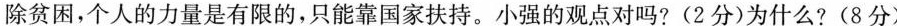
除贫困，个人的力量是有限的，只能靠国家扶持。小强的观点对吗?(2分)为什么? (8分)